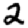
Digit: 2